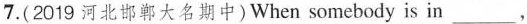
7.(2019河北邯郸大名期中)When somebody is in___,